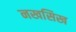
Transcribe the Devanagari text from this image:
नखसिख